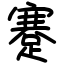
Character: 蹇